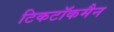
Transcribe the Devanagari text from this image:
टिकटॉकमैन